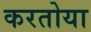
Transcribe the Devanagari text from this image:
करतोया